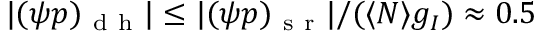
| ( \psi p ) _ { \mathrm { ~ d ~ h ~ } } | \leq | ( \psi p ) _ { \mathrm { ~ s ~ r ~ } } | / ( \langle N \rangle g _ { I } ) \approx 0 . 5